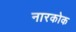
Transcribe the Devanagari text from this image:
नारकोक